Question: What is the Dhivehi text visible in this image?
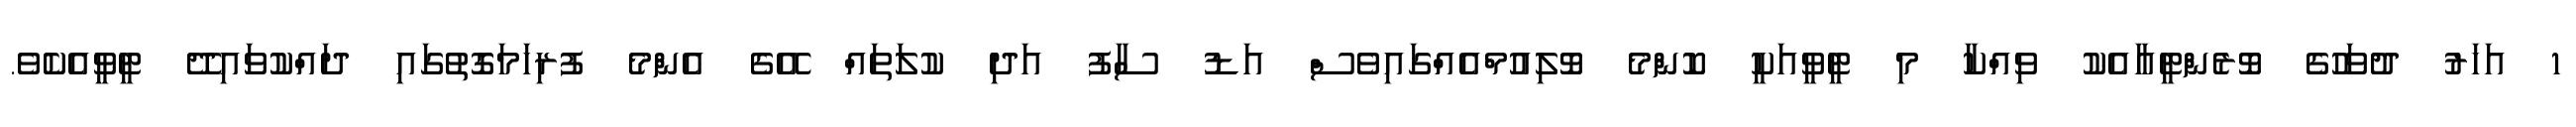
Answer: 1 އަހަރު ދުވަހުގެ ވޮރެންޓީއާއެކު ވިއްކާ މި ޓީވީއަކީ ކޮންމެ ވޮލިއުމްއެއްގައިވެސް އަޑު ސާފު އަދި ކުލަތައް އޭގެ އެންމެ ފުރިހަމަގޮތުގައި ދައްކުވައިދޭ ޓީވީއެކެވެ.